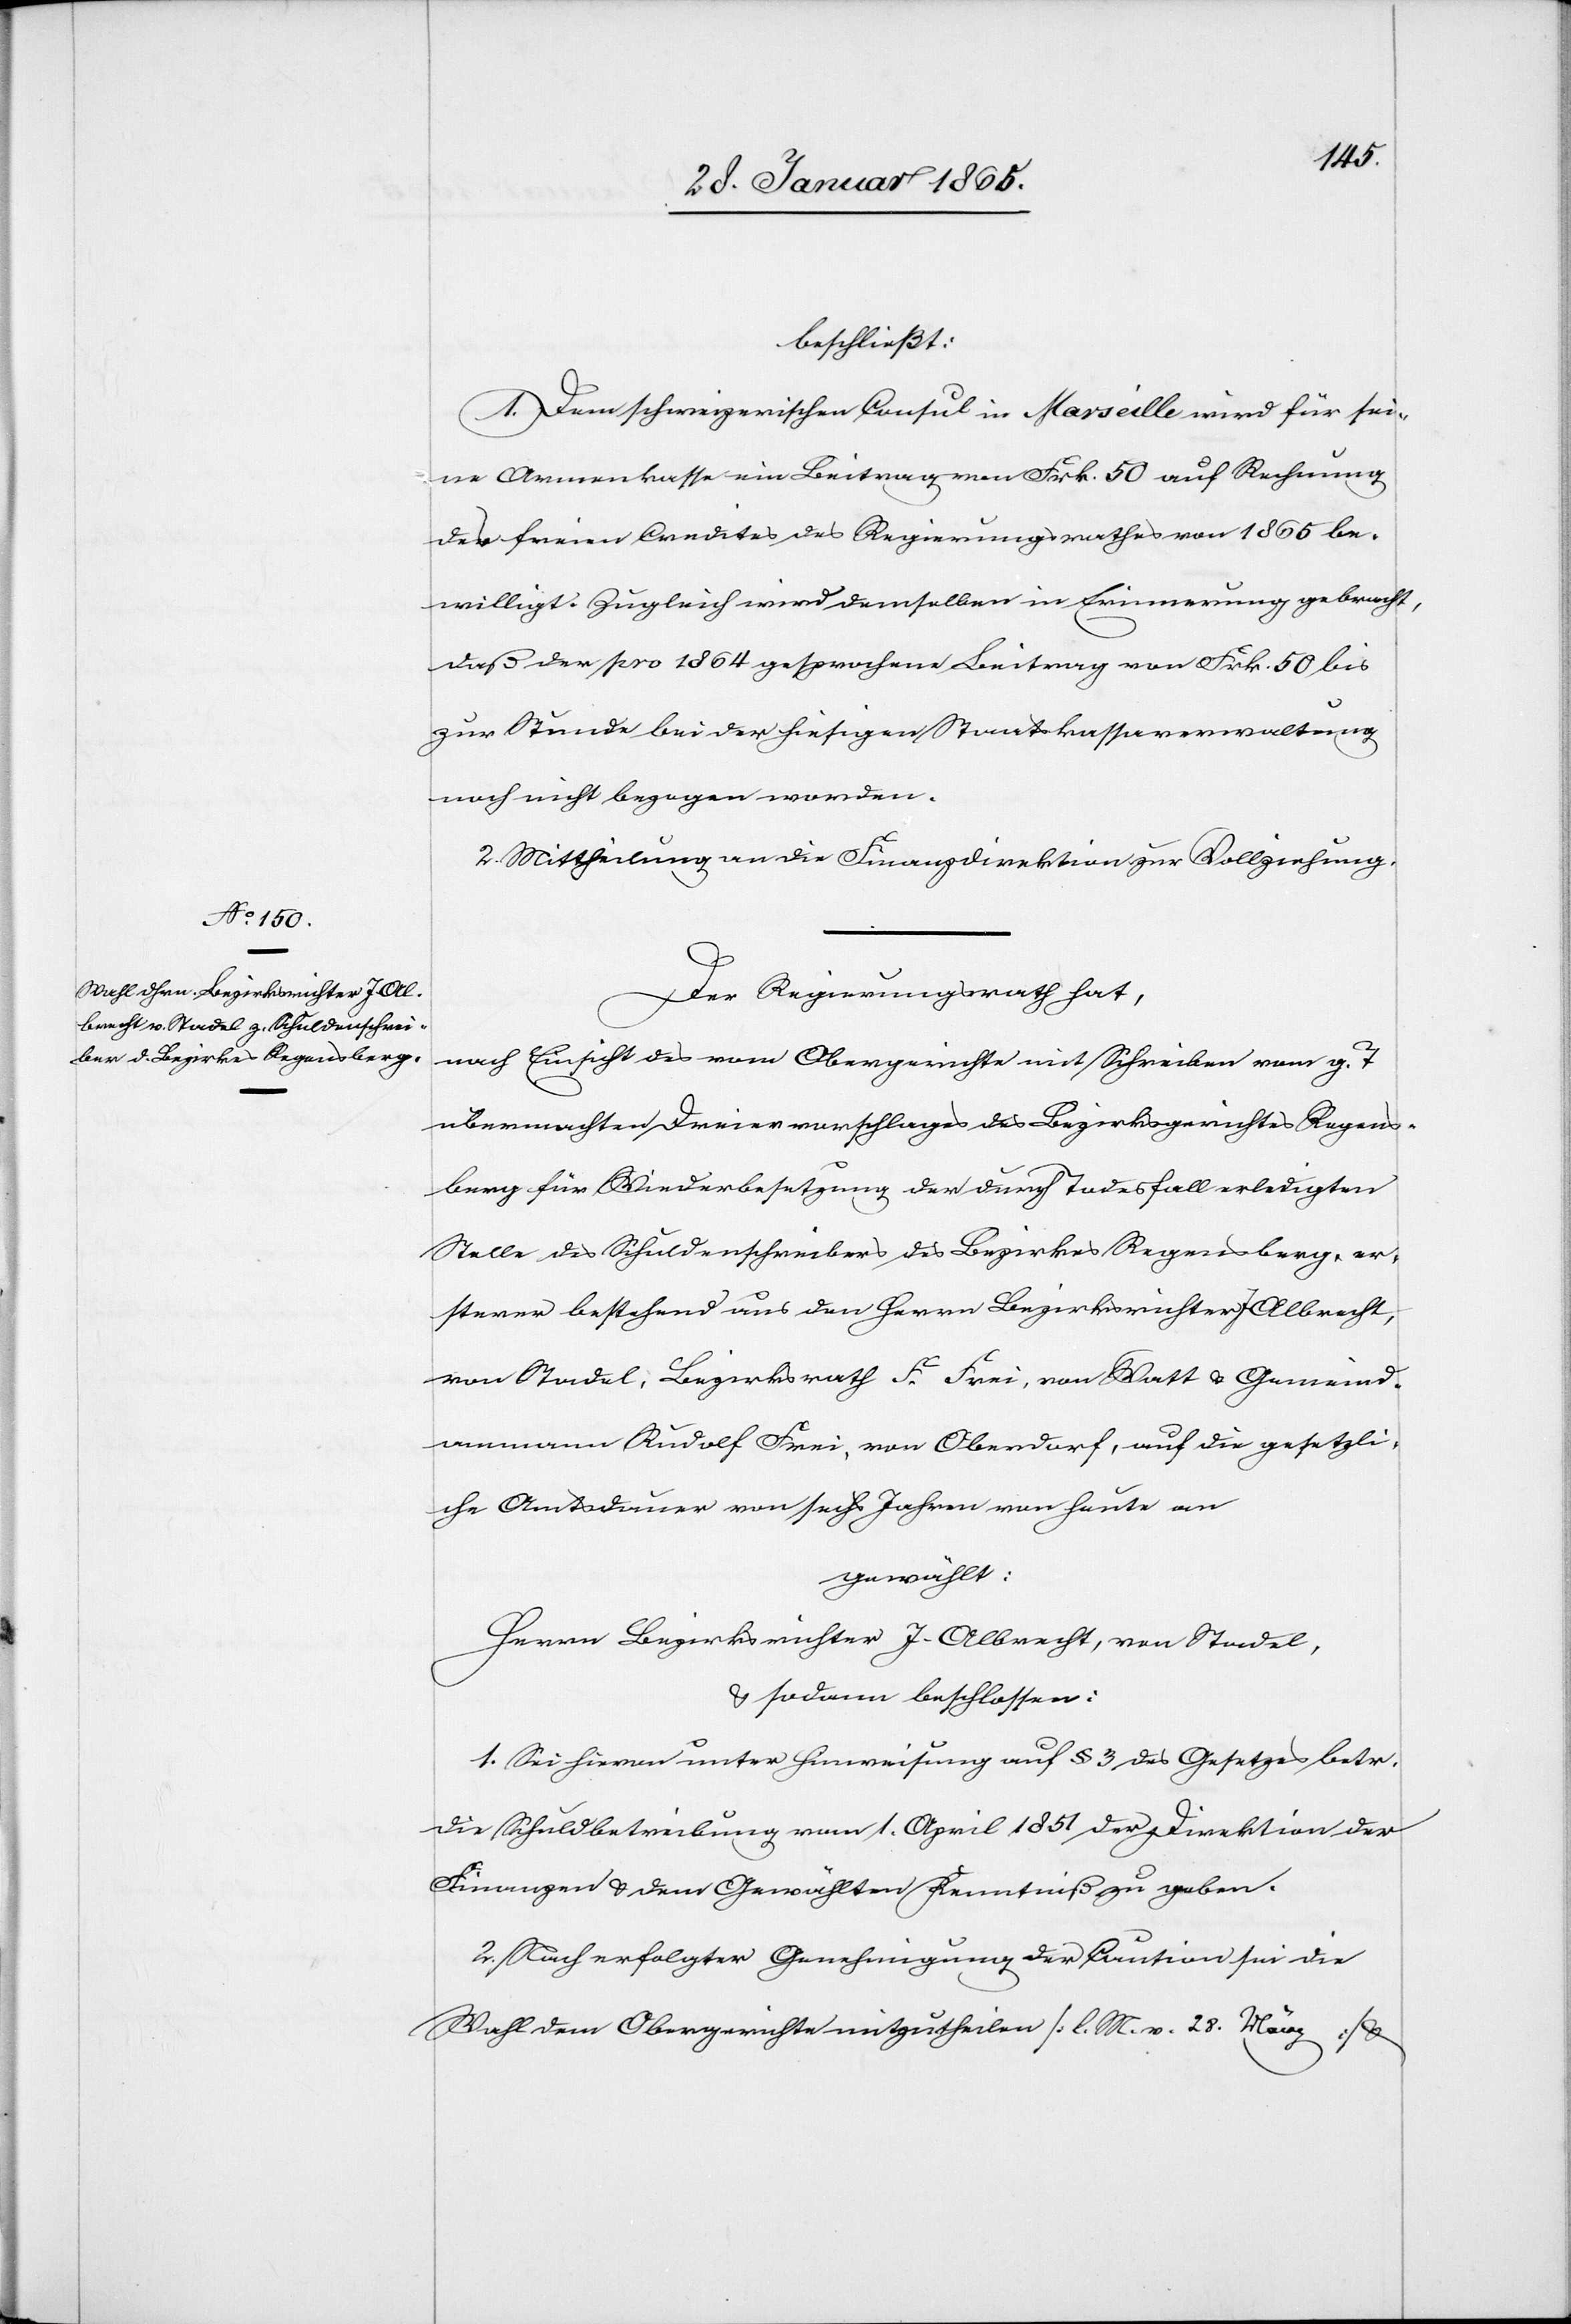
beschließt:
1. Dem schweizerischen Consul in Marseille wird für sei¬
ne Armenkasse ein Beitrag von Frk. 50 auf Rechnung
des freien Credites des Regierungsrathes von 1865 be¬
willigt. Zugleich wird demselben in Erinnerung gebracht,
daß der pro 1864 gesprochene Beitrag von Frk. 50 bis
zur Stunde bei der hiesigen Staatskassaverwaltung
noch nicht bezogen worden.
2. Mittheilung an die Finanzdirektion zur Vollziehung.
Der Regierungsrath hat,
nach Einsicht des vom Obergerichte mit Schreiben vom g. T
übermachten Dreiervorschlages des Bezirksgerichtes Regens¬
berg für Wiederbesetzung der durch Todesfall erledigten
Stelle des Schuldenschreibers des Bezirkes Regensberg, er¬
sterer bestehend aus den Herrn Bezirksrichter J. Albrecht,
von Stadel, Bezirksrath F. Frei, von Watt u. Gemeind¬
ammann Rudolf Frei, von Oberdorf, auf die gesetzli¬
che Amtsdauer von sechs Jahren von heute an
gewählt:
Herrn Bezirksrichter J. Albrecht, von Stadel,
u. sodann beschlossen:
1. Sei hievon unter Hinweisung auf § 3 des Gesetzes betr.
die Schuldbetreibung vom 1. April 1851 der Direktion der
Finanzen u. dem Gewählten Kenntniß zu geben.
2. Nach erfolgter Genehmigung der Caution sei die
Wahl dem Obergerichte mitzutheilen [l. M. v. 28. März] u.